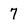
Character: 7